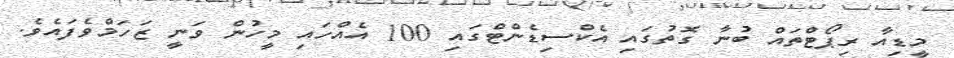
މީޑިއާ ރިޕޯޓްތައް ބުނާ ގޮތުގައި އެކްސިޑެންޓްގައި 100 އެއްހައި މީހުން ވަނީ ޒަހަމްވެފައެވެ.